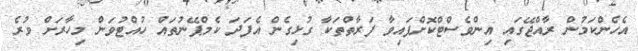
އެހެންކަމުން ރާއްޖޭގައި އިންވެސްޓްކޮށްފައިވާ ފަރާތްތަކާ ގުޅިގެން އެފަދަ ކެމްޕޭނުތައް ހުއްޓުވަން މިހާރަށް ވުރެ